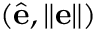
( \hat { \mathbf e } , \lVert \mathbf e \rVert )